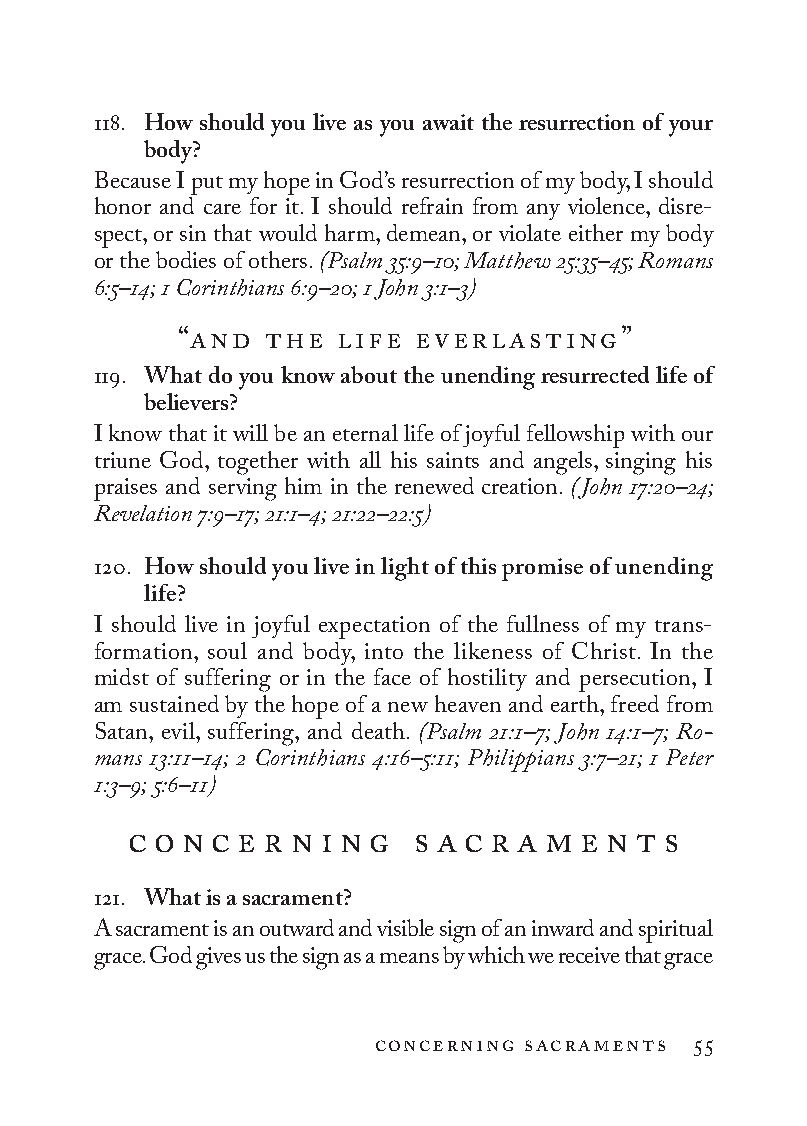
118. How should you live as you await the resurrection of your
 body?
 Because I put my hope in God’s resurrection of my body, I should
 honor and care for it. I should refrain from any violence, disre-
 spect, or sin that would harm, demean, or violate either my body
 or the bodies of others. (Psalm 35:9–10; Matthew 25:35–45; Romans
 6:5–14; 1 Co rin thi ans 6:9–20; 1 John 3:1–3)
 “and  the  life everlasting”
 119. What do you know about the unending resurrected life of
 believers?
 I know that it will be an eternal life of joyful fellowship with our
 triune God, together with all his saints and angels, singing his
 praises and serving him in the renewed creation. (John 17:20–24;
 Revelation 7:9–17; 21:1–4; 21:22–22:5)
 120. How should you live in light of this promise of unending
 life?
 I should live in joyful expectation of the fullness of my trans-
 formation, soul and body, into the likeness of Christ. In the
 midst of suffering or in the face of hostility and persecution, I
 am sustained by the hope of a new heaven and earth, freed from
 Satan, evil, suffering, and death. (Psalm 21:1–7; John 14:1–7; Ro­
 mans 13:11–14; 2 Co rin thi ans 4:16–5:11; Philippians 3:7–21; 1 Peter
 1:3–9; 5:6–11)
 c o n c e r n i n g s a c r a m e n t s
 121. What is a sacrament?
 A sacrament is an outward and visible sign of an inward and spiritual
 grace. God gives us the sign as a means by which we receive that grace
 concerning sacraments 55
 To be a Christian.566776.int.indd 55        11/13/19 1:31 PM